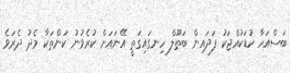
ބަސްއަހާ ކުޑަކުއްޖަކު ފަދައިން ބަތޫލް ހިނގައިގަތީ އޭނައަށް ކުރެވުނު ކަންތަކާ މެދު ދެރަވެ